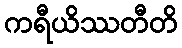
ကရီယိဿတီတိ